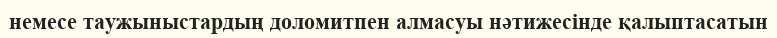
немесе таужыныстардың доломитпен алмасуы нәтижесінде қалыптасатын